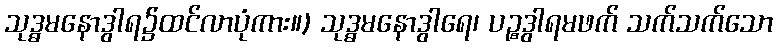
သုဒ္ဓမနောဒွါရ၌ထင်လာပုံကား။) သုဒ္ဓမနောဒွါရေ၊ ပဉ္စဒွါရမဖက် သက်သက်သော